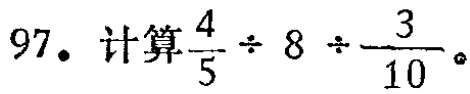
97. 计算$\frac{4}{5} \div 8 \div \frac{3}{10}$。